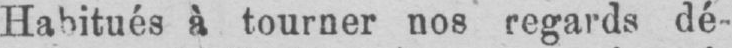
Habitués à tourner nos regards dé-